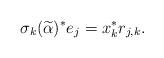
LaTeX: \begin{align*}\sigma_{k}(\widetilde{\alpha})^{*}e_{j}=x_{k}^{*}r_{j,k}.\end{align*}